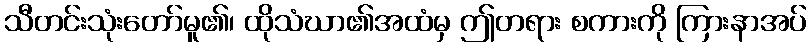
သီတင်းသုံးတော်မူ၏၊ ထိုသံဃာ၏အထံမှ ဤတရား စကားကို ကြားနာအပ်